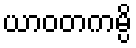
ယာဝတကမ္ပိ